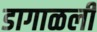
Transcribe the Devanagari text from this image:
डागाळली